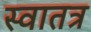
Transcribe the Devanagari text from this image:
स्वातत्र